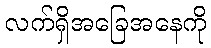
လက်ရှိအခြေအနေကို